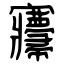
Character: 㝲